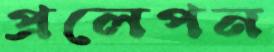
প্রলেপন